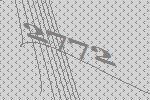
2772